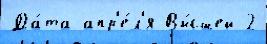
Да́та апр'е́л'я Вы́сшей 2